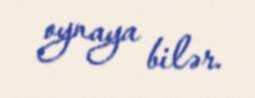
oynaya bilər.